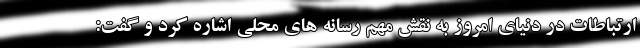
ارتباطات در دنیای امروز به نقش مهم رسانه های محلی اشاره کرد و گفت: